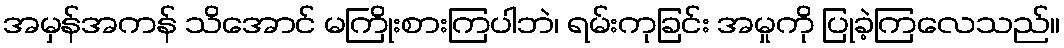
အမှန်အကန် သိအောင် မကြိုးစားကြပါဘဲ၊ ရမ်းကုခြင်း အမှုကို ပြုခဲ့ကြလေသည်။